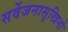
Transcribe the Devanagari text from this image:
सर्वेजनासुखिनो